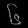
Digit: ၆